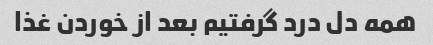
همه دل درد گرفتیم بعد از خوردن غذا